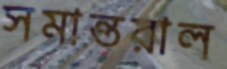
সমান্তরাল